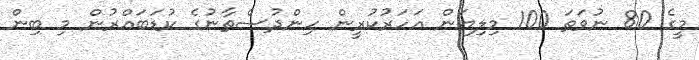
މީގެ 80 ނުވަތަ 100 މިލިޔަން އަހަރުކުރީން ހިންދުސްތާނުގެ ކުޑަބައްރުން މި ބިން